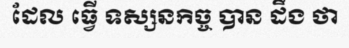
ដែល ធ្វើ ទស្សនកិច្ច បាន ដឹង ថា